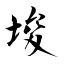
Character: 埈